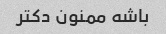
باشه ممنون دکتر